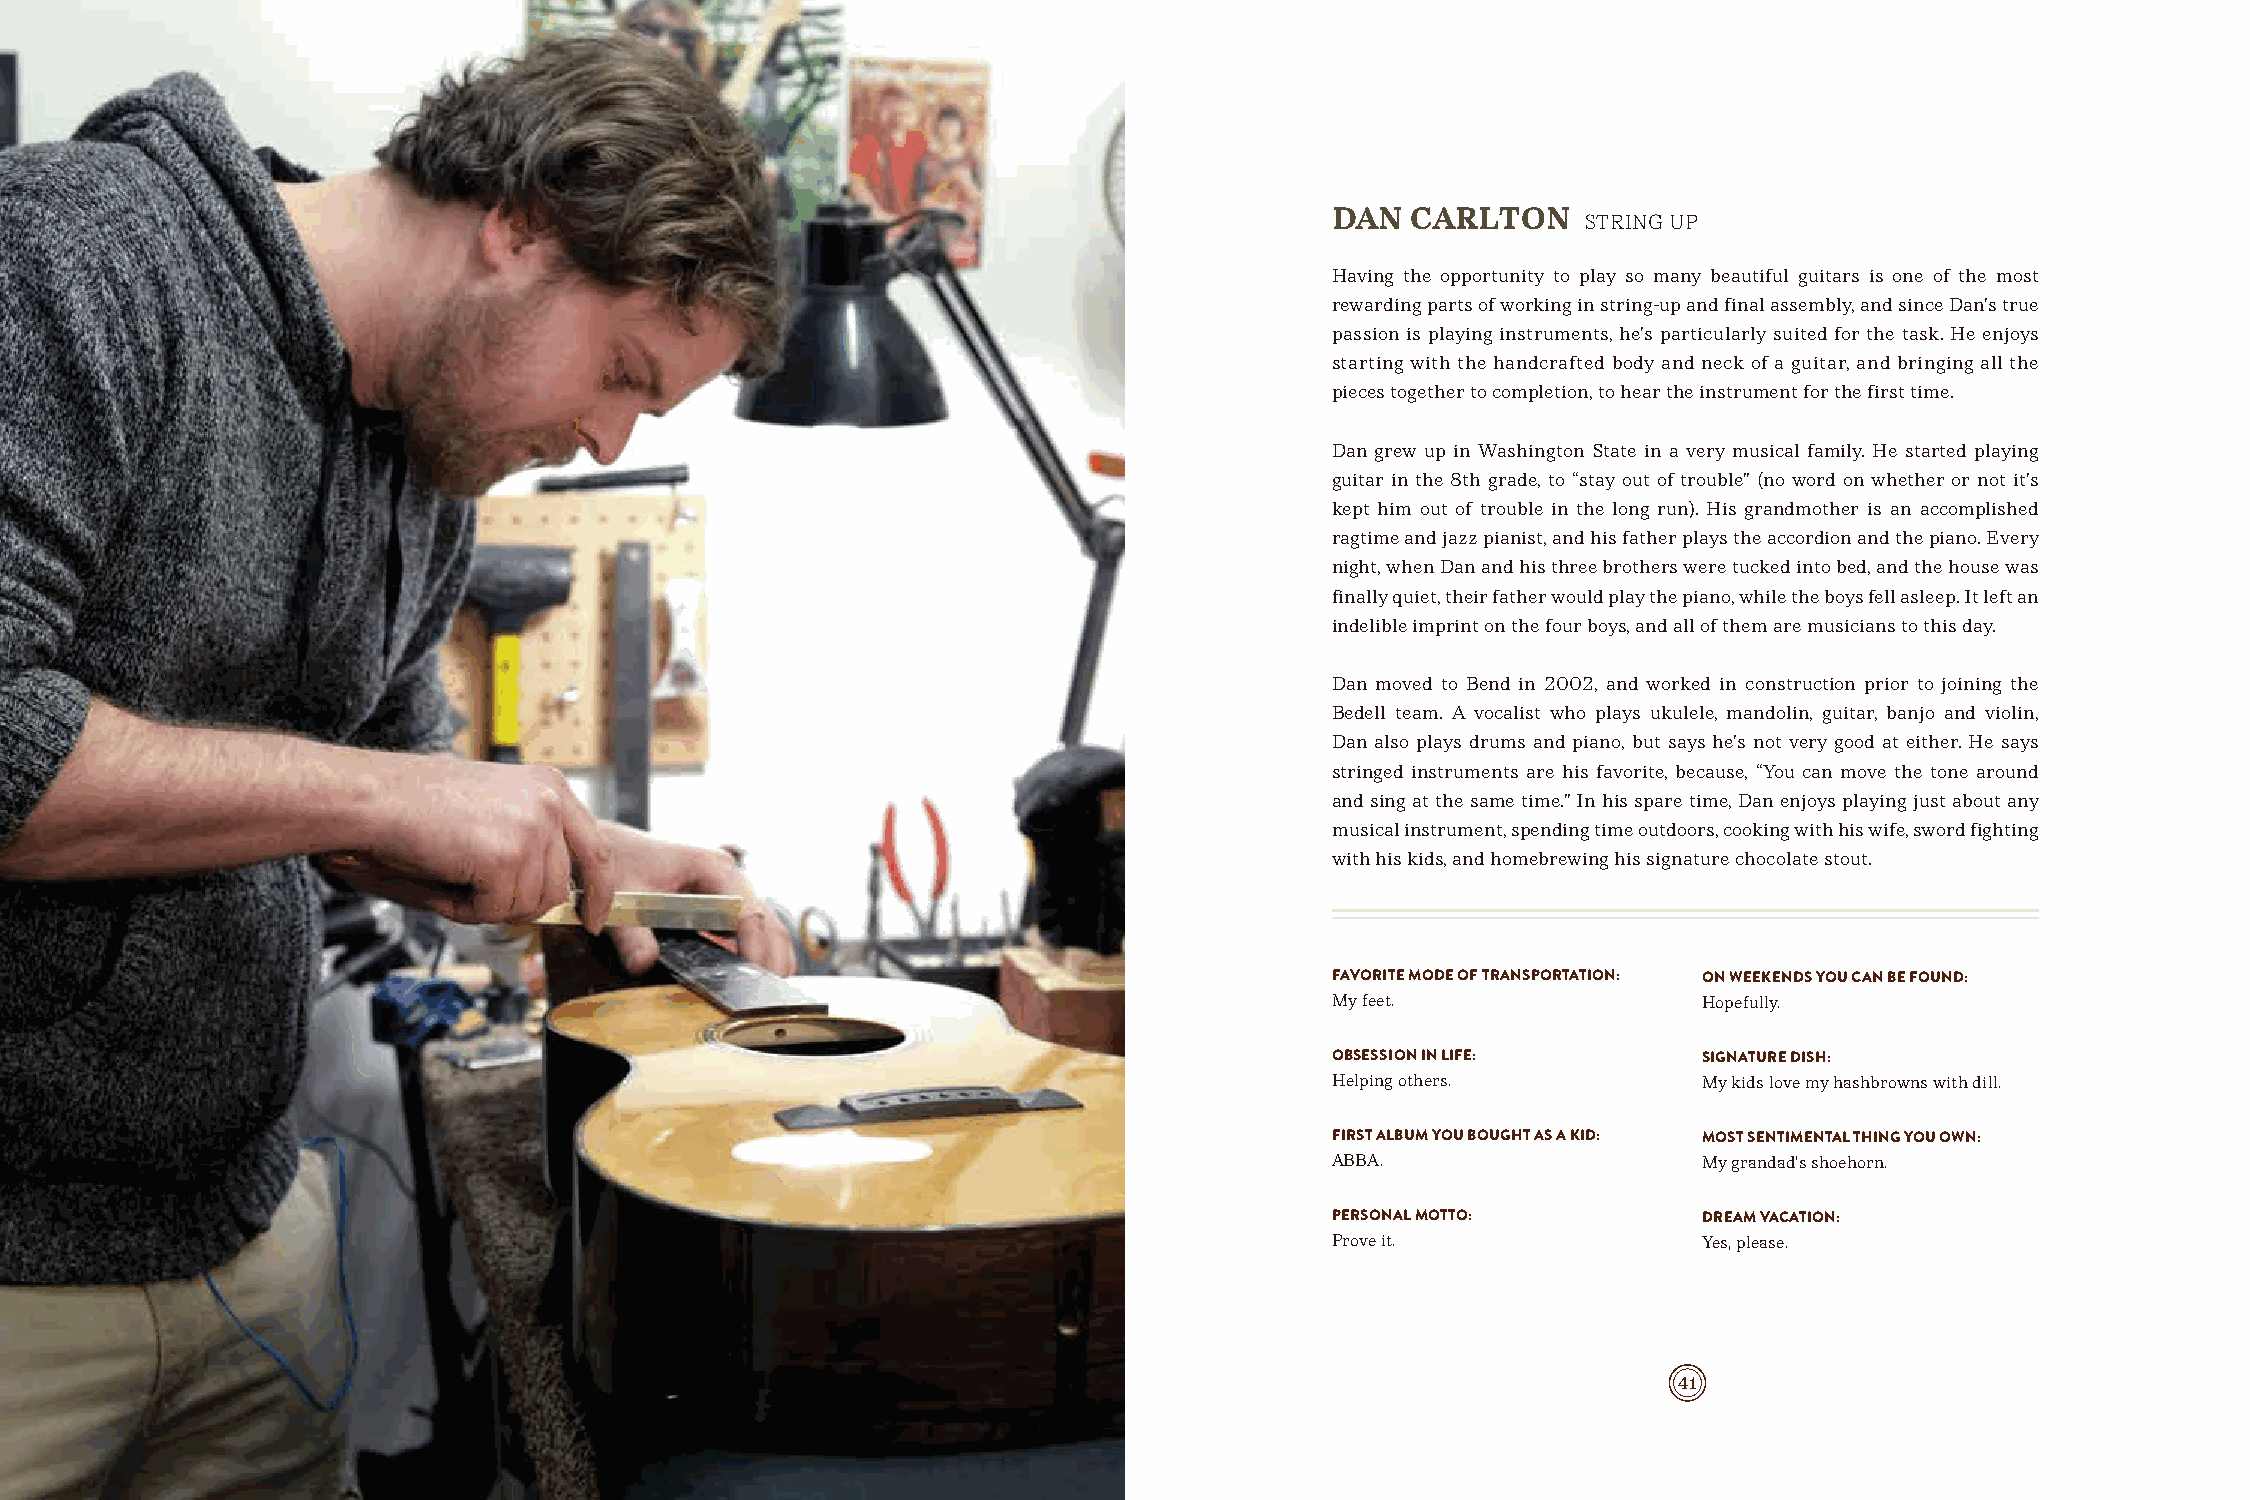
DAN  CARLTON
 STRING UP
 Having the opportunity to play so many beautiful guitars is one of the most
 rewarding parts of working in string-up and final assembly, and since Dan’s true
 passion is playing instruments, he’s particularly suited for the task. He enjoys
 starting with the handcrafted body and neck of a guitar, and bringing all the
 pieces together to completion, to hear the instrument for the first time.
 Dan grew up in Washington State in a very musical family. He started playing
 guitar in the 8th grade, to “stay out of trouble” (no word on whether or not it’s
 kept him out of trouble in the long run). His grandmother is an accomplished
 ragtime and jazz pianist, and his father plays the accordion and the piano. Every
 night, when Dan and his three brothers were tucked into bed, and the house was
 finally quiet, their father would play the piano, while the boys fell asleep. It left an
 indelible imprint on the four boys, and all of them are musicians to this day.
 Dan moved to Bend in 2002, and worked in construction prior to joining the
 Bedell team. A vocalist who plays ukulele, mandolin, guitar, banjo and violin,
 Dan also plays drums and piano, but says he’s not very good at either. He says
 stringed instruments are his favorite, because, “You can move the tone around
 and sing at the same time.” In his spare time, Dan enjoys playing just about any
 musical instrument, spending time outdoors, cooking with his wife, sword fighting
 with his kids, and homebrewing his signature chocolate stout.
 FAVORITE MODE OF TRANSPORTATION: ON WEEKENDS YOU CAN BE FOUND:
 My feet.                 Hopefully.
 OBSESSION IN LIFE:       SIGNATURE DISH:
 Helping others.          My kids love my hashbrowns with dill.
 FIRST ALBUM YOU BOUGHT AS A KID: MOST SENTIMENTAL THING YOU OWN:
 ABBA.                    My grandad’s shoehorn.
 PERSONAL MOTTO:          DREAM VACATION:
 Prove it.                Yes, please.
 40                                                                        41